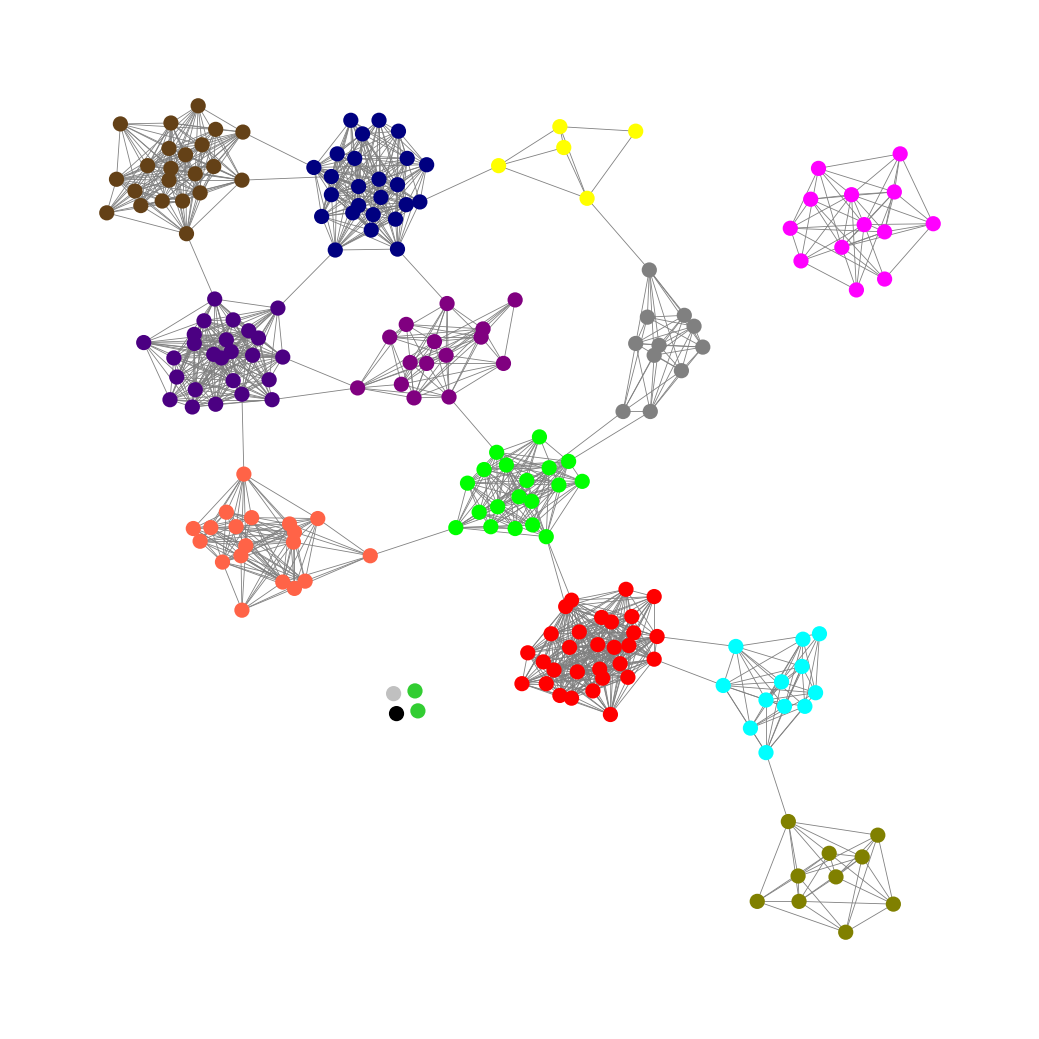
Graph connected: No
Number of connected components: 6
Number of singletons: 4
Total number of nodes: 210
Total number of edges: 1397
Number of communities: 15
Community sizes:
Aqua: 12
Black: 1
Fuchsia: 13
Gray: 11
Indigo: 25
Lime: 19
Lime Green: 2
Navy: 25
Olive: 10
Pullman Brown: 22
Purple: 15
Red: 30
Silver: 1
Tomato: 19
Yellow: 5
Graph layout: tda
Graph generation method: erdos_renyi